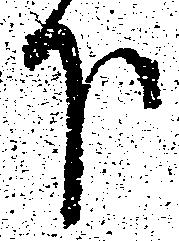
下